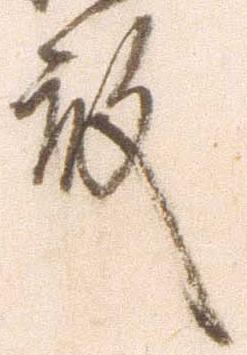
殿